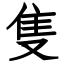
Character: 隻